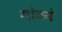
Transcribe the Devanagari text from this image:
गोठने